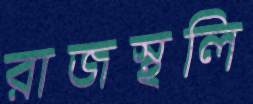
রাজস্থলি